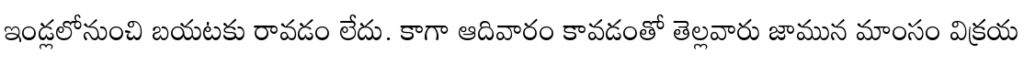
ఇండ్లలోనుంచి బయటకు రావడం లేదు. కాగా ఆదివారం కావడంతో తెల్లవారు జామున మాంసం విక్రయ